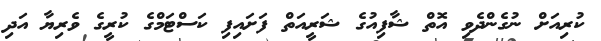
ކުރިއަށް ނުގެންދެވި އޮތް ޝާފިއުގެ ޝަރީއަތް ފަށައިފި ކަސްޓަމްގެ ކުރީގެ ވެރިޔާ އަދި